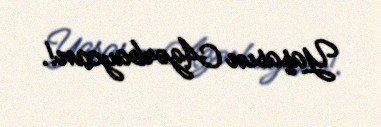
Yaşasın Azərbaycan!.